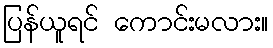
ပြန်ယူရင် ကောင်းမလား။